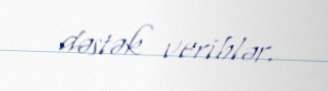
dəstək veriblər.